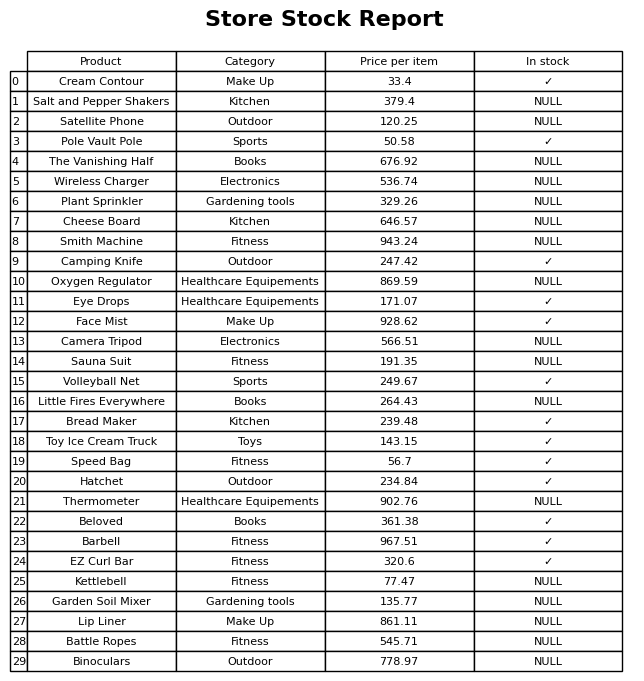
question: What is the price of the Little Fires Everywhere?
answer: The price of Little Fires Everywhere is 264.43.